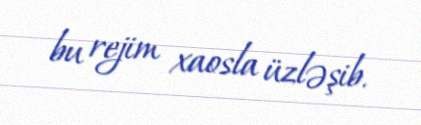
bu rejim xaosla üzləşib.